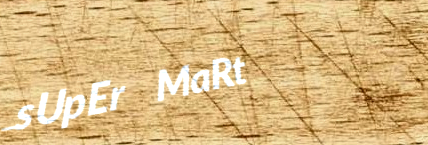
sUpEr MaRt